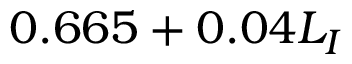
0 . 6 6 5 + 0 . 0 4 L _ { I }